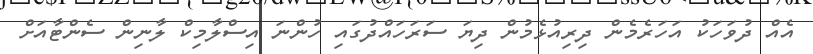
އެއް ދުވަހަކު އަހަރެމެން ދިރިއުޅެމުން ދިޔަ ސަރަހައްދުގައި ހުންނަ އިސްލާމިކް ލާނިން ސެންޓާއަށް